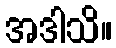
အဒါသိ။